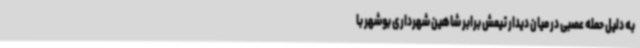
به دلیل حمله عصبی در میان دیدار تیمش برابر شاهین شهرداری بوشهر با